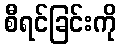
စီရင်ခြင်းကို